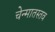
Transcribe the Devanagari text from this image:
चेन्मातस्तव